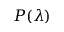
P ( \lambda )